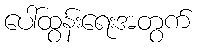
ပေါ်ထွန်းရေးအတွက်